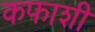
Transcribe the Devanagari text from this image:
कफाशी